Language: tamil
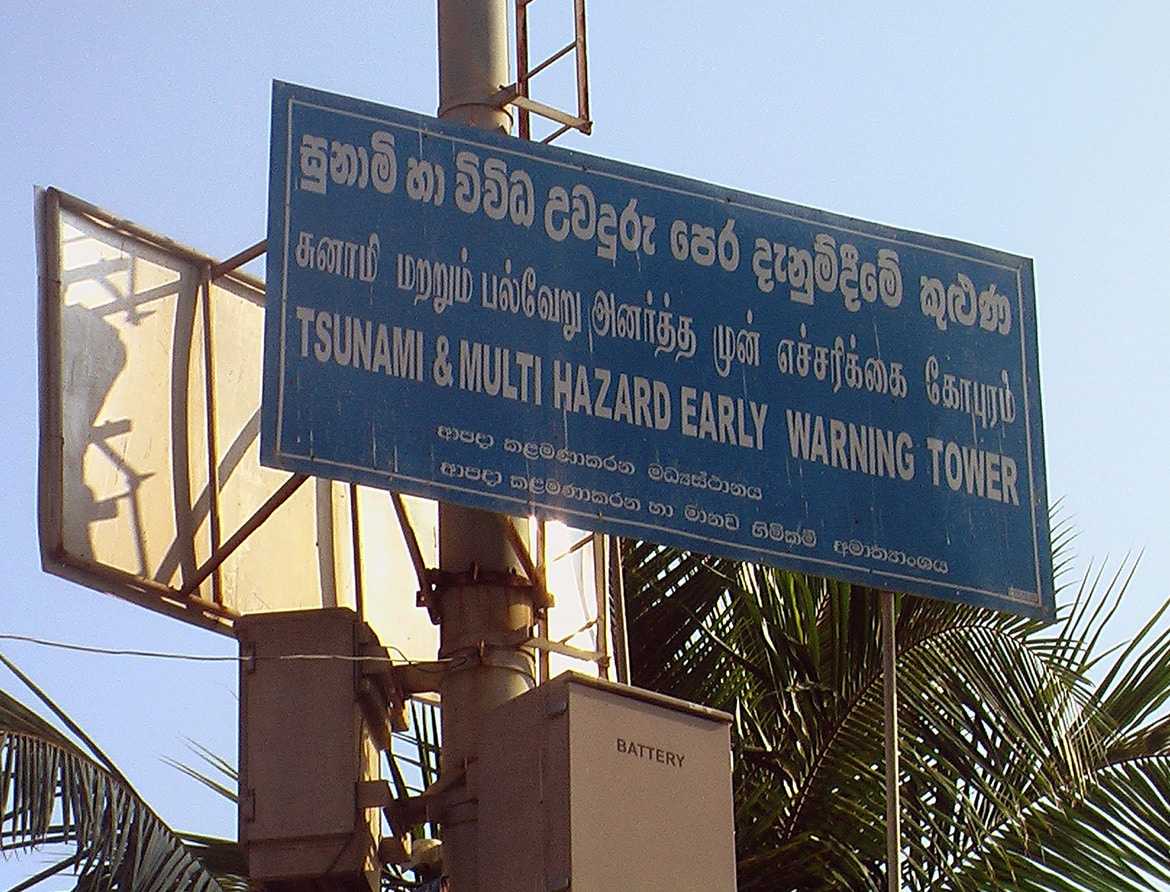
Transcription: சுனாமி மறறும் பல்வேறு அனா்த்த முன் எச்சரிக்கை கோபுரம்